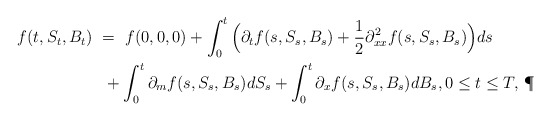
\begin{align*}f(t,S_t,B_t) \ &= \ f(0,0,0) + \int_0^t \Big(\partial_t f(s,S_s,B_s) + \frac{1}{2}\partial_{xx}^2 f(s,S_s,B_s)\Big) ds \\&\ + \int_0^t \partial_m f(s,S_s,B_s) dS_s + \int_0^t \partial_x f(s,S_s,B_s) dB_s, 0 \leq t \leq T,\,\P \end{align*}